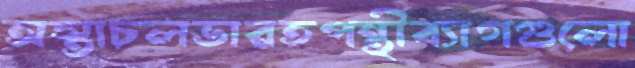
অস্তাচলভারতপন্থীব্যাগগুলো